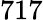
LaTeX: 717